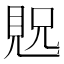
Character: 𫌝